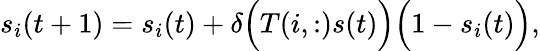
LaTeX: s_{i}(t+1)=s_{i}(t)+\delta\Big(T(i,:)s(t)\Big)\Big(1-s_{i}(t)\Big),